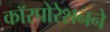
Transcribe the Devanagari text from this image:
काॅरपोरेशनने